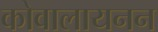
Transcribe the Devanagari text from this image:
कोवालायनन